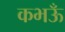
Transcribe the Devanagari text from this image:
कभऊँ